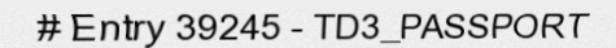
# Entry 39245 - TD3_PASSPORT